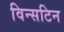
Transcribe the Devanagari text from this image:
विन्सटिन